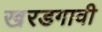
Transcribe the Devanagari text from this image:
खरडगावी